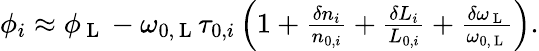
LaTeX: \begin{array}{r}{\phi_{i}\approx\phi_{\mathrm{~L~}}-\omega_{0,\mathrm{~L~}}\tau_{0,i}\left(1+\frac{\delta n_{i}}{n_{0,i}}+\frac{\delta L_{i}}{L_{0,i}}+\frac{\delta\omega_{\mathrm{~L~}}}{\omega_{0,\mathrm{~L~}}}\right).}\end{array}